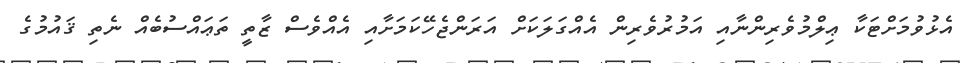
އެޅުވުމަށްޓަކާ ޢިލްމުވެރިންނާއި އަމުރުވެރިން އެއްގަލަކަށް އަރަންޖެހޭކަމަށާއި އެއްވެސް ޒާތީ ތަޢައްސުބެއް ނެތި ޤައުމުގެ